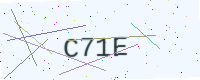
Text: C71E